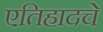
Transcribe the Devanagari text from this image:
एतिहादचे